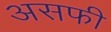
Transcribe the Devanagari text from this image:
असफी